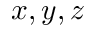
x , y , z